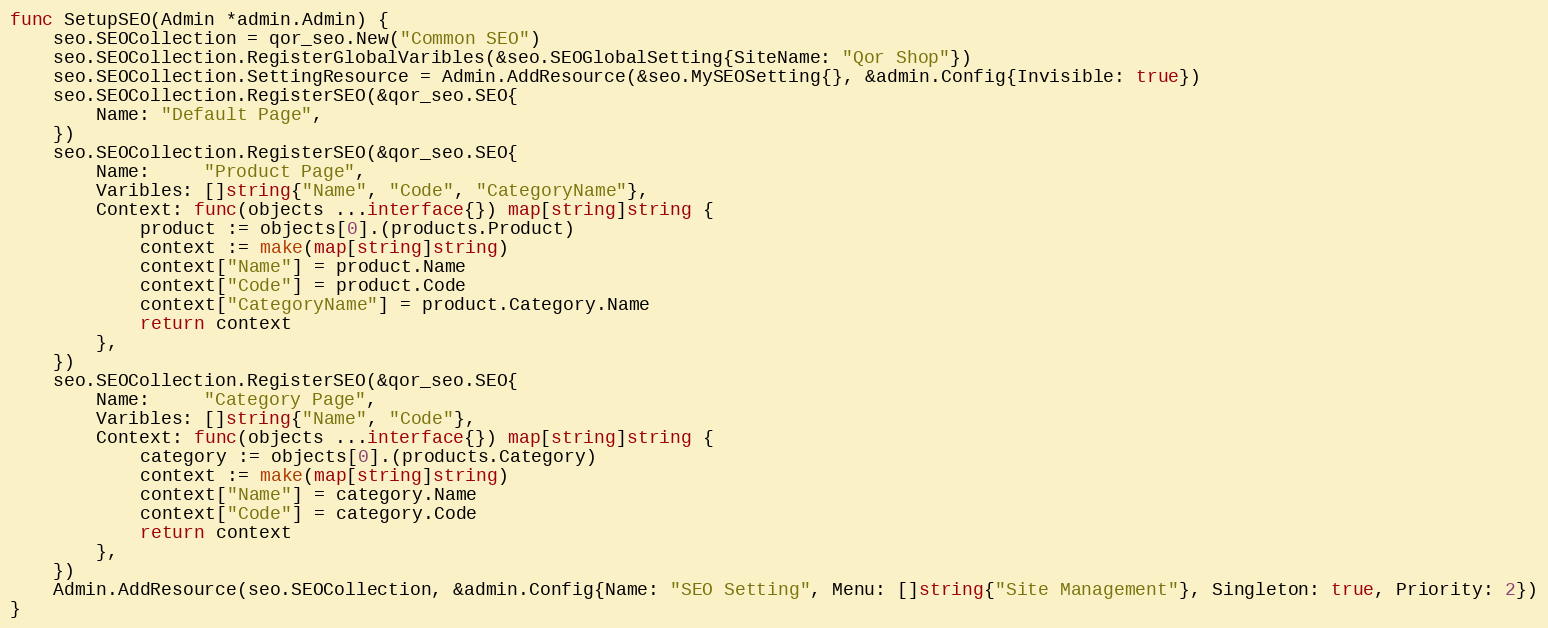
Language: Go
func SetupSEO(Admin *admin.Admin) {
	seo.SEOCollection = qor_seo.New("Common SEO")
	seo.SEOCollection.RegisterGlobalVaribles(&seo.SEOGlobalSetting{SiteName: "Qor Shop"})
	seo.SEOCollection.SettingResource = Admin.AddResource(&seo.MySEOSetting{}, &admin.Config{Invisible: true})
	seo.SEOCollection.RegisterSEO(&qor_seo.SEO{
		Name: "Default Page",
	})
	seo.SEOCollection.RegisterSEO(&qor_seo.SEO{
		Name:     "Product Page",
		Varibles: []string{"Name", "Code", "CategoryName"},
		Context: func(objects ...interface{}) map[string]string {
			product := objects[0].(products.Product)
			context := make(map[string]string)
			context["Name"] = product.Name
			context["Code"] = product.Code
			context["CategoryName"] = product.Category.Name
			return context
		},
	})
	seo.SEOCollection.RegisterSEO(&qor_seo.SEO{
		Name:     "Category Page",
		Varibles: []string{"Name", "Code"},
		Context: func(objects ...interface{}) map[string]string {
			category := objects[0].(products.Category)
			context := make(map[string]string)
			context["Name"] = category.Name
			context["Code"] = category.Code
			return context
		},
	})
	Admin.AddResource(seo.SEOCollection, &admin.Config{Name: "SEO Setting", Menu: []string{"Site Management"}, Singleton: true, Priority: 2})
}